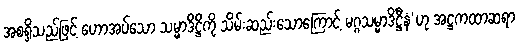
အစရှိသည်ဖြင့် ဟောအပ်သော သမ္မာဒိဋ္ဌိကို သိမ်းဆည်းသောကြောင့် မဂ္ဂသမ္မာဒိဋ္ဌီနံ’ဟု အဋ္ဌကထာဆရာ